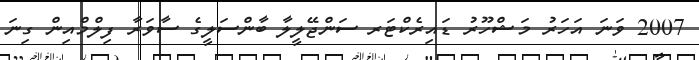
2007 ވަނަ އަހަރު މަޝްހޫރު ޑައިރެކްޓަރ ސަންޖޭލީލާ ބާންސަލީގެ ސާވަރާ ފިލްމްއިން ގިނަ